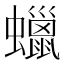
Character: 蠟